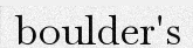
boulder's